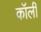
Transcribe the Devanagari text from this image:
कॉर्ली